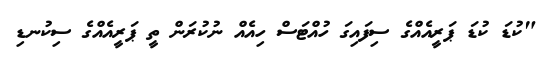
"ކުޑަ ކުޑަ ޕަރީއެއްގެ ސިފައިގަ ހުއްޓަސް ހިއެއް ނުކުރަން ތީ ޕަރީއެއްގެ ސިކުނޑި